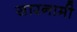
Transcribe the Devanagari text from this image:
सारनामी